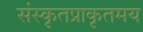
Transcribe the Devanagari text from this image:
संस्कृतप्राकृतमय